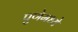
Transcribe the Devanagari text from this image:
पुणेमध्ये